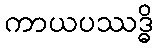
ကာယပဿဒ္ဓိ